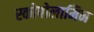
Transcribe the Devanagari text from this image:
स्कोपोलामिन